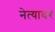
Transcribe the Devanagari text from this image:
नेत्यावर